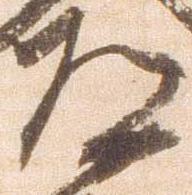
道